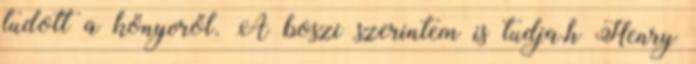
tudott a könyvről. A boszi szerintem is tudja,h Henry